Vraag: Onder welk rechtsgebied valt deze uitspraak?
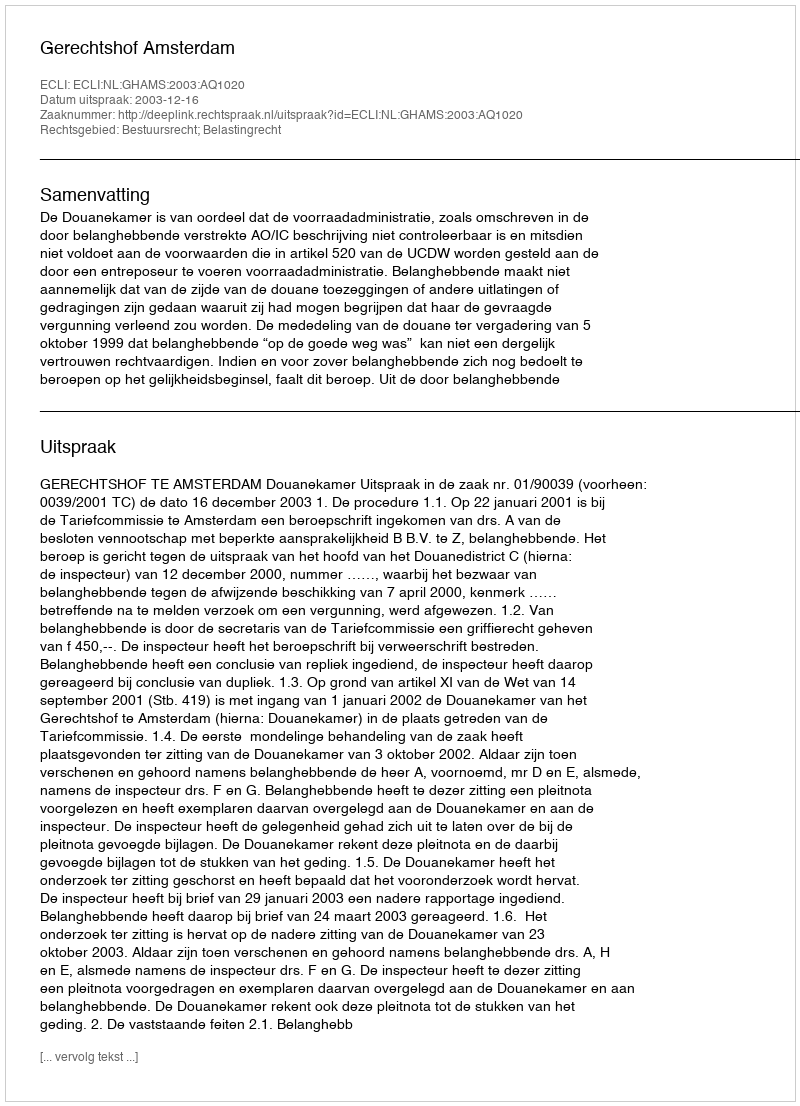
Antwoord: Bestuursrecht; Belastingrecht